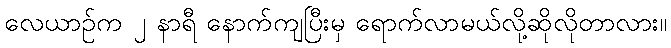
လေယာဉ်က ၂ နာရီ နောက်ကျပြီးမှ ရောက်လာမယ်လို့ဆိုလိုတာလား။